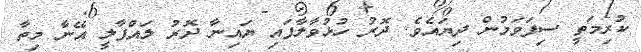
ކުރިމަތީ ސިފަވަމުން ދިޔައެވެ. ދޮރު ހުޅުވާލާފައި ޔައިނާ ދޮރު ލައްޕާލީ އޭނާ މިތާ